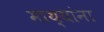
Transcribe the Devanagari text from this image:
माथ्यांना